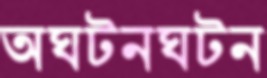
অঘটনঘটন